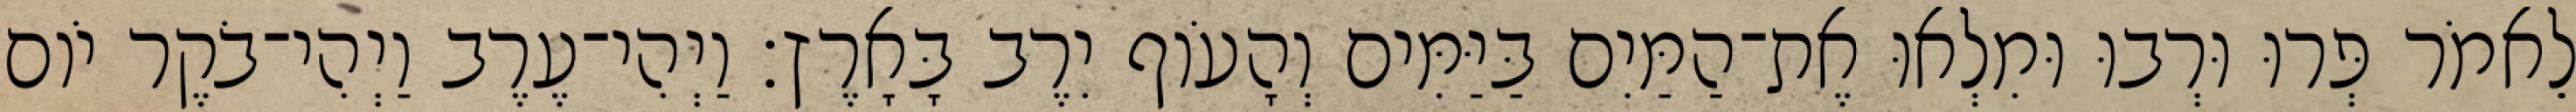
לֵאמֹר פְּרוּ וּרְבוּ וּמִלְאוּ אֶת־הַמַּיִם בַּיַּמִּים וְהָעֹוף יִרֶב בָּאָרֶץ׃ וַיְהִי־עֶרֶב וַיְהִי־בֹקֶר יֹום